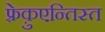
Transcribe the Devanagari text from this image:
फ़्रेक़ुएन्तिस्त